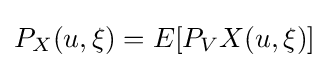
P_{X}(u,\xi )=E[P_{V}X(u,\xi )]